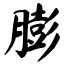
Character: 膨